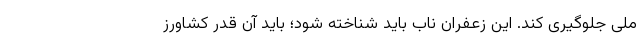
ملی جلوگیری کند. این زعفران ناب باید شناخته شود؛ باید آن قدر کشاورز